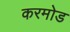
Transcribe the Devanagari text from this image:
करमोड